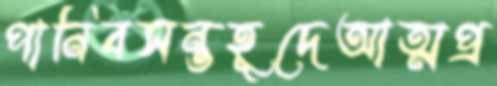
পানিবসন্তহূদেআত্মপ্র